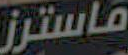
ماسترز